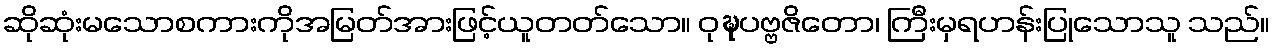
ဆိုဆုံးမသောစကားကိုအမြတ်အားဖြင့်ယူတတ်သော။ ဝုဍ္ဎပဗ္ဗဇိတော၊ ကြီးမှရဟန်းပြုသောသူ သည်။